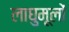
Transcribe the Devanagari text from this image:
लाघुमूलों